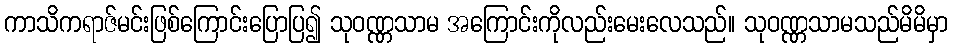
ကာသိကရာဇ်မင်းဖြစ်ကြောင်းပြောပြ၍ သုဝဏ္ဏသာမ အကြောင်းကိုလည်းမေးလေသည်။ သုဝဏ္ဏသာမသည်မိမိမှာ